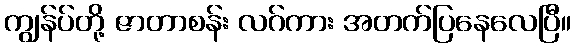
ကျွန်ပ်တို့ ဇာတာစန်း လဂ်ကား အတက်ပြနေလေပြီ။